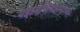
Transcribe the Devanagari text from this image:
यज्ञमभिनक्षमाणाः